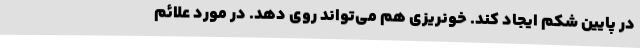
در پایین شکم ایجاد کند. خونریزی هم می‌تواند روی دهد. در مورد علائم